Vaccination in Bombay 1869-1873 - 1869-1873
Year: 1869
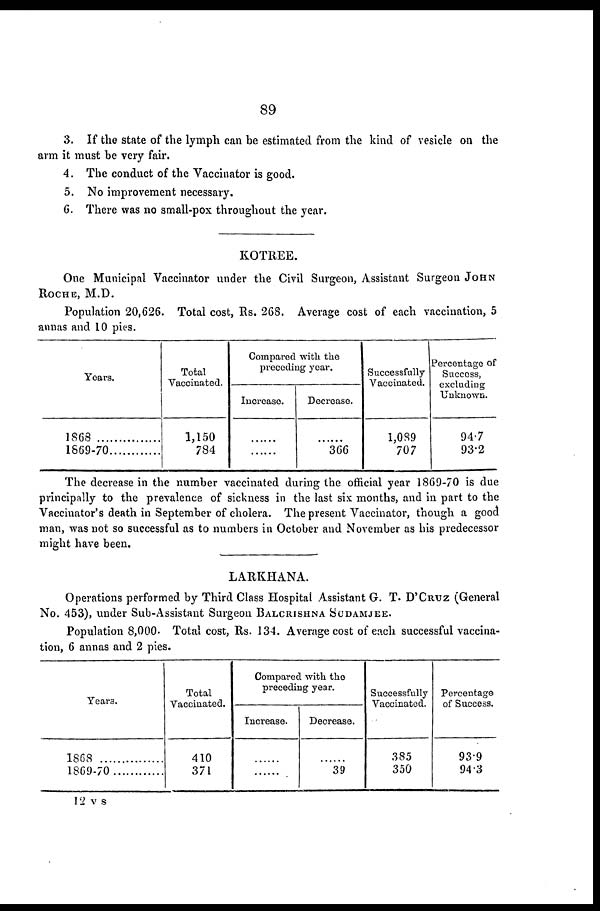
89
3. If the state of the lymph can be estimated from the kind of vesicle on the
arm it must be very fair.
4. The conduct of the Vaccinator is good.
5. No improvement necessary.
6. There was no small-pox throughout the year.
KOTREE.
One Municipal Vaccinator under the Civil Surgeon, Assistant Surgeon JOHN
ROCHE, M.D.
Population 20,626. Total cost, Rs. 268. Average cost of each vaccination, 5
annas and 10 pies.
Years.
1868
...............
1869-70............
Total
Vaccinated.
1,150
784
Compared with the
preceding year.
Increase.
......
......
Decrease.
......
366
Successfully
Vaccinated.
1,089
707
Percentage of
Success,
excluding
Unknown.
94.7
93.2
The decrease in the number vaccinated during the official year 1869-70 is due
principally to the prevalence of sickness in the last six months, and in part to the
Vaccinator's death in September of cholera. The present Vaccinator, though a good
man, was not so successful as to numbers in October and November as his predecessor
might have been.
LARKHANA.
Operations performed by Third Class Hospital Assistant G. T. D'CRUZ (General
No. 453), under Sub-Assistant Surgeon BALCRISHNA SUDAMJEE.
Population 8,000. Total cost, Rs. 134. Average cost of each successful vaccina-
tion, 6 annas and 2 pies.
Years.
1868
...............
1869-70.........
Total
Vaccinated.
410
371
Compared with the
preceding year.
Increase.
......
......
Decrease.
......
39
Successfully
Vaccinated.
385
350
Percentage
of Success.
93.9
94.3
12 v s